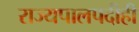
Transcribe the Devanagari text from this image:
राज्यपालपदीही